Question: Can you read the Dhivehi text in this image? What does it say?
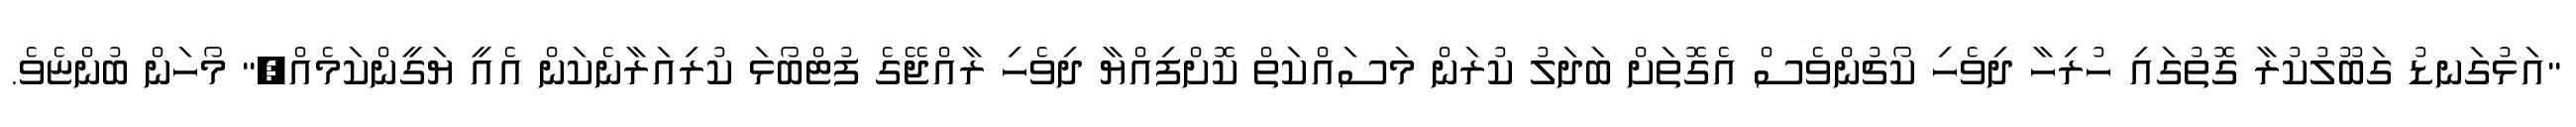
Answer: "އަޅުގަނޑު ގަބޫލުކުރާ ގޮތުގައި ހުރިހާ ދިވެހި ކޯޗުންވެސް އެގޮތަށް ބަދަލު ކުރަން މަސައްކަތް ކޮށްފިއްޔާ ދިވެހި ރާއްޖޭގެ ފުޓްބޯޅަ ކުރިއަރާނެކަން އެއީ ޔަގީންކަމެއް," މޯހަން ބުންޏެވެ.